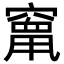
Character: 𮄒